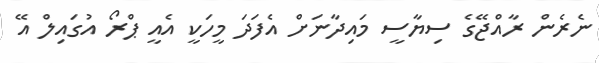
ނެރެން ރާއްޖޭގެ ސިޔާސީ މައިދާނަށް އެފަދަ މީހަކީ އެއީ ޕްރޯ އުގައިލް އޭ